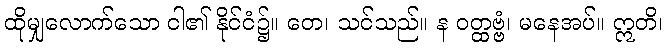
ထိုမျှလောက်သော ငါ၏ နိုင်ငံ၌။ တေ၊ သင်သည်။ န ဝတ္ထဗ္ဗံ၊ မနေအပ်။ ဣတိ၊